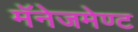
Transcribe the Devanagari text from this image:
मॅनेजमेण्ट